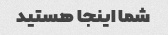
شما اینجا هستید